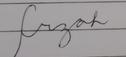
Signature authenticity: forged